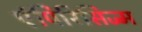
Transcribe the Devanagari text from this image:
एंपिरिसिज्म